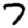
Digit: 7